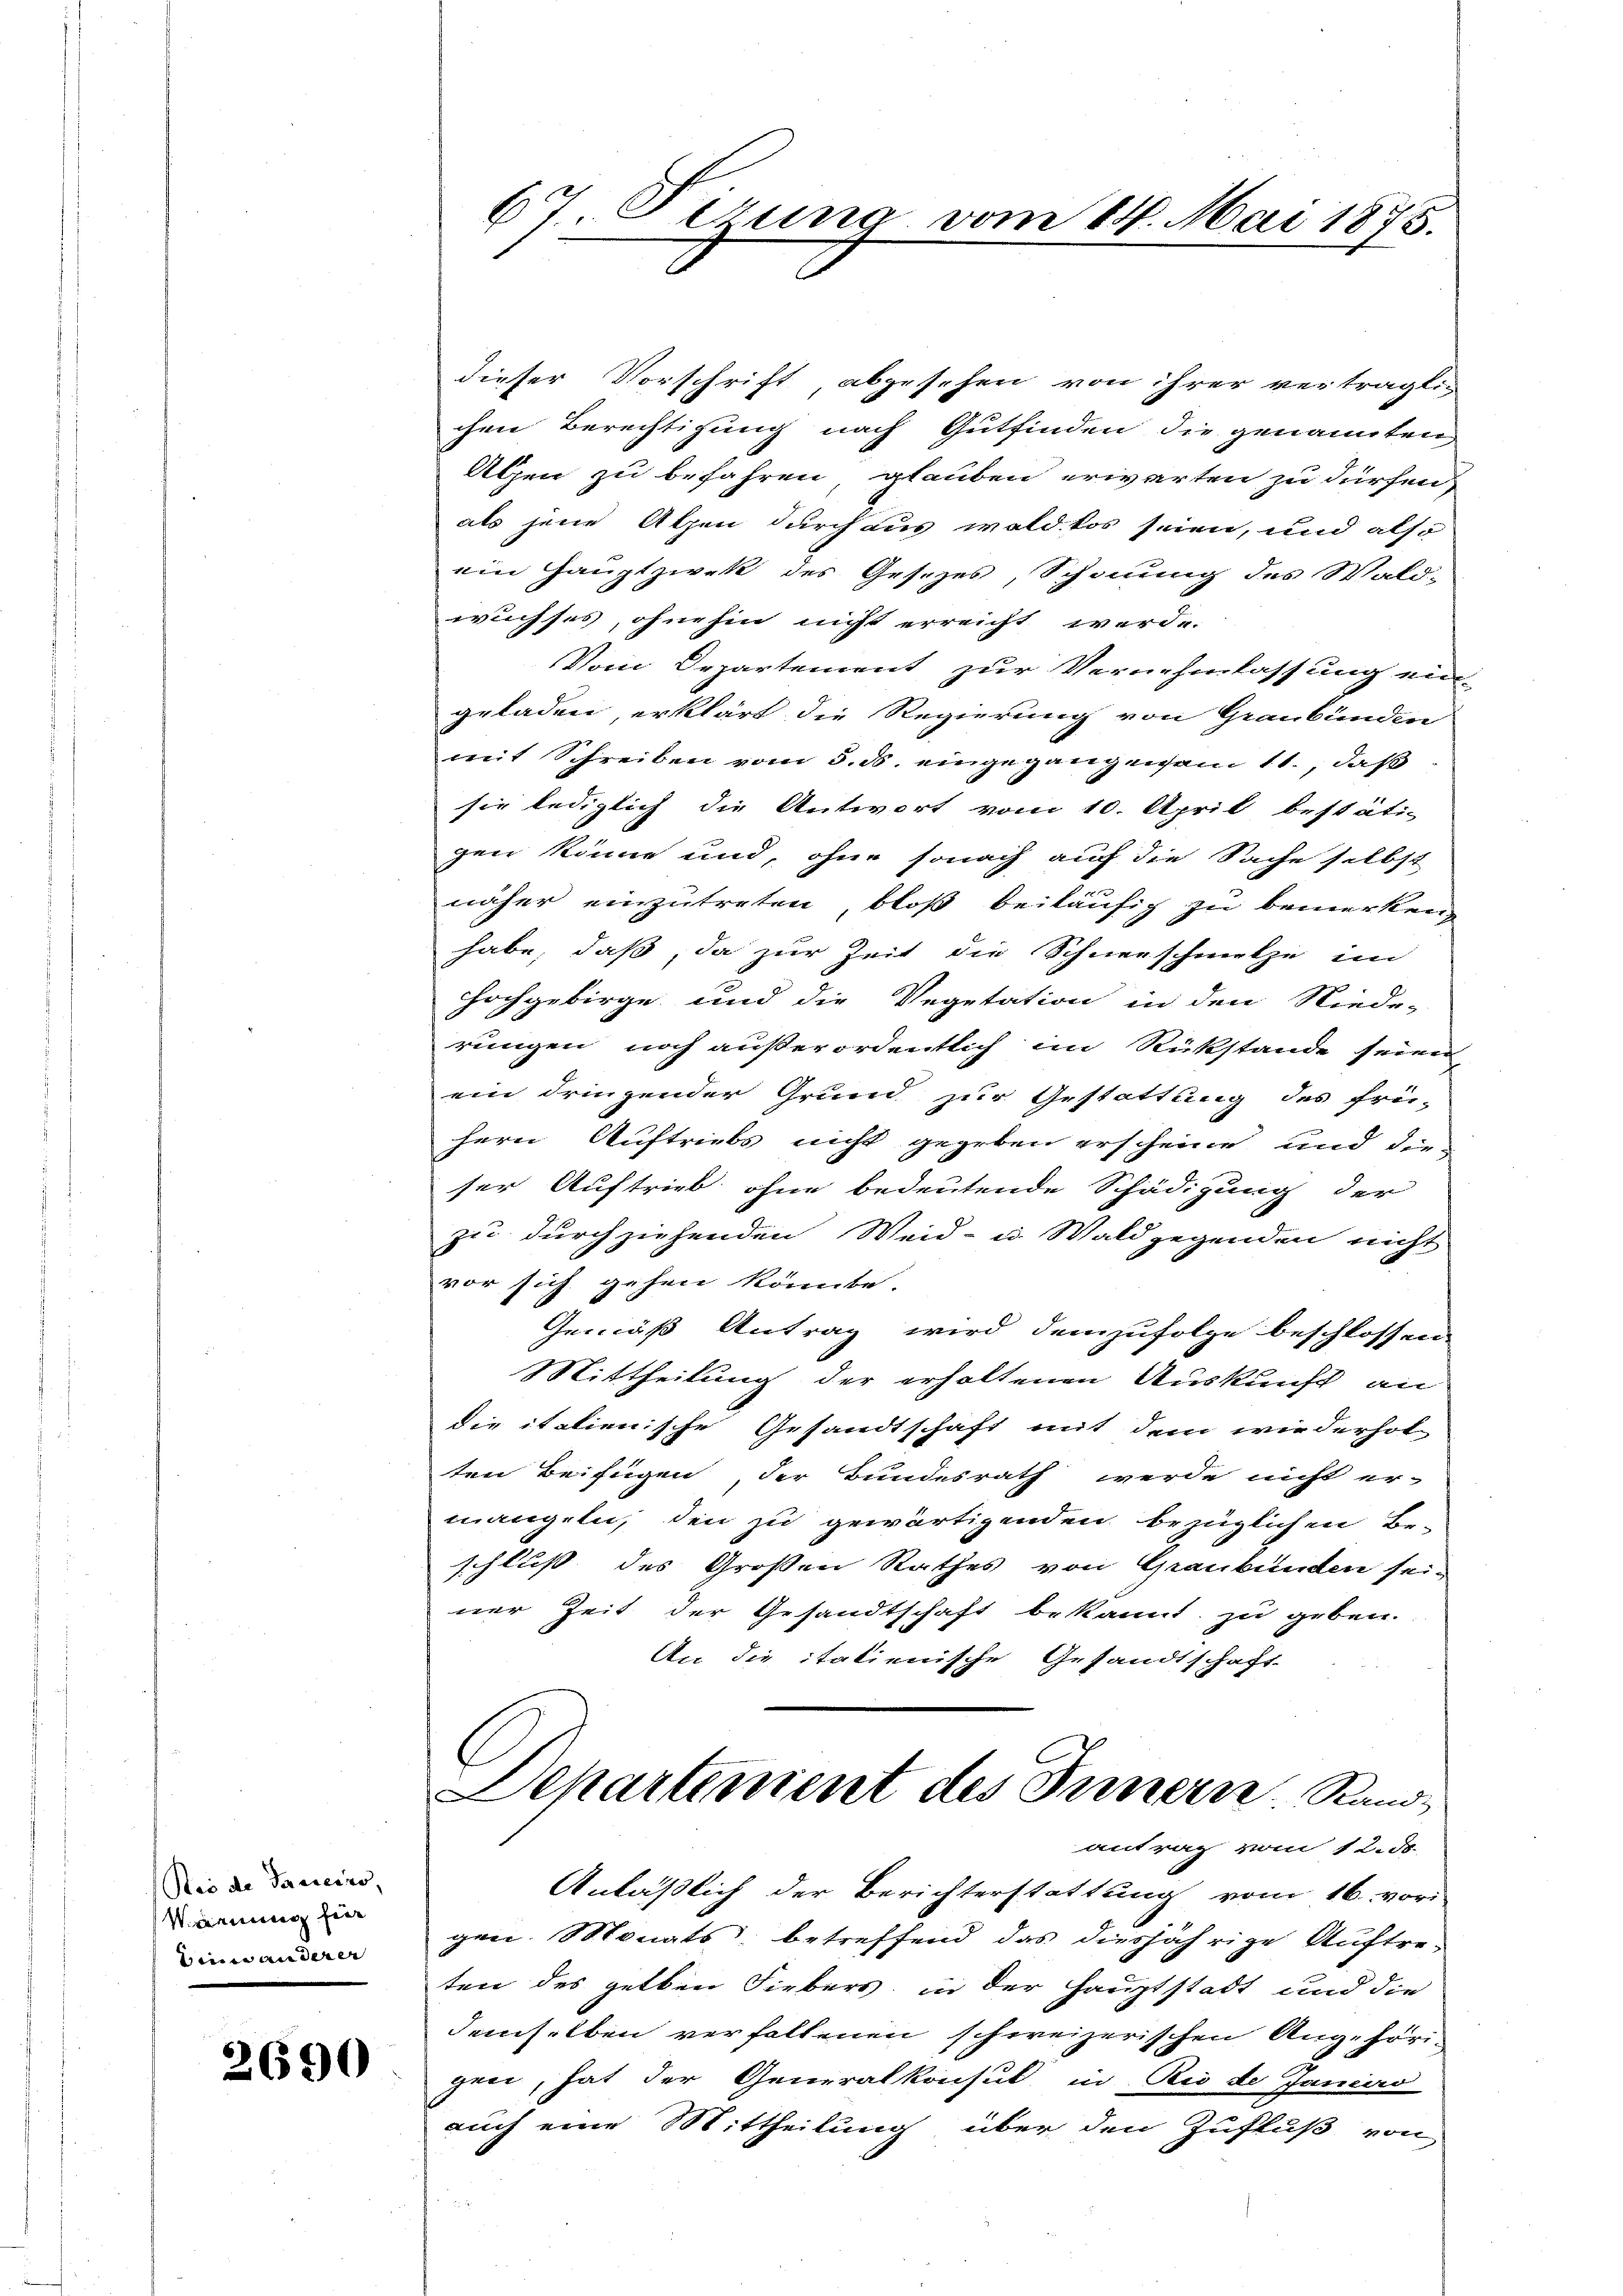
Roi de Parreiss,
Warnung für
Seine anderer

2690

67 Sirung vom 14. Mai 1875.

dieser Vorschrift abgesehen von ihrer verträglic
chen Berechtigung nach Gutfinden die genannten
Alpen zu befahren, glauben erwarten zu dürfen
als jene Alpen durch aus wald kos seien, und also
ein Hauptzwek des Gesetzes, Schonung des Wald-
wuchses, ohnehin nicht erreicht werde.
Vom Departement zur Vernehmlassung ein-
geladen, erklärt die Regierung von Graubünden
mit Schreiben vom 3. ds. eingegangen am 11., daß
sie lediglich die Antwort vom 10. April bestäti-
gen könne und, ohne sonach auf die Sache selbst
näher einzutreten bloß beiläufig zu bemerken,
habe, daß, da zur Zeit die Schneeschmelze im
hochgebirge und die Vegetation in den Niede-
rungen noch außerordentlich im Rükstande seien
ein dringender Grund zur Gestattung des frü-
hern Auftriebs nicht gegeben erscheine und den
ser Auftrieb ohne bedeutende Schädigung der
zu durchziehenden Weid- u. Wald gegenden nicht
vor sich gehen könnte.
Gemäß Antrag wird demzufolge beschlossen
Mittheilung der erholtenen Auskunft an
die italienische Gesandtschaft mit dem wiederhol
ten Beifügen, der Bundesrath werde nicht er-
mangeln, den zu gewärtigenden bezüglichen Be-
schluß des Großen Rathes von Graubünden sei-
ner Zeit der Gesandtschaft bekannt zu geben.
An die italienische Gesandtschaft
Dekartement des Innern. Randantrag vom 12. d.
Anläßlich der Berichterstattung vom 16. vori
gen Monats betreffend das diesjährige Auftreten des gelten Fiebers, in der Hauptstadt und die
demselben verfallenen schweizerischen Augehörigen, hat der Generalkonsul in Rio de Janis
auch eine Mittheilung über den Zufluß von